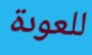
للعودة